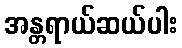
အန္တရာယ်ဆယ်ပါး